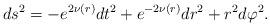
LaTeX: \begin{align*}ds^2 = - e^{2\nu(r)} dt^2 + e^{-2\nu(r)}dr^2 + r^2 d\varphi^2. \end{align*}